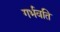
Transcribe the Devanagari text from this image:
गर्भवति